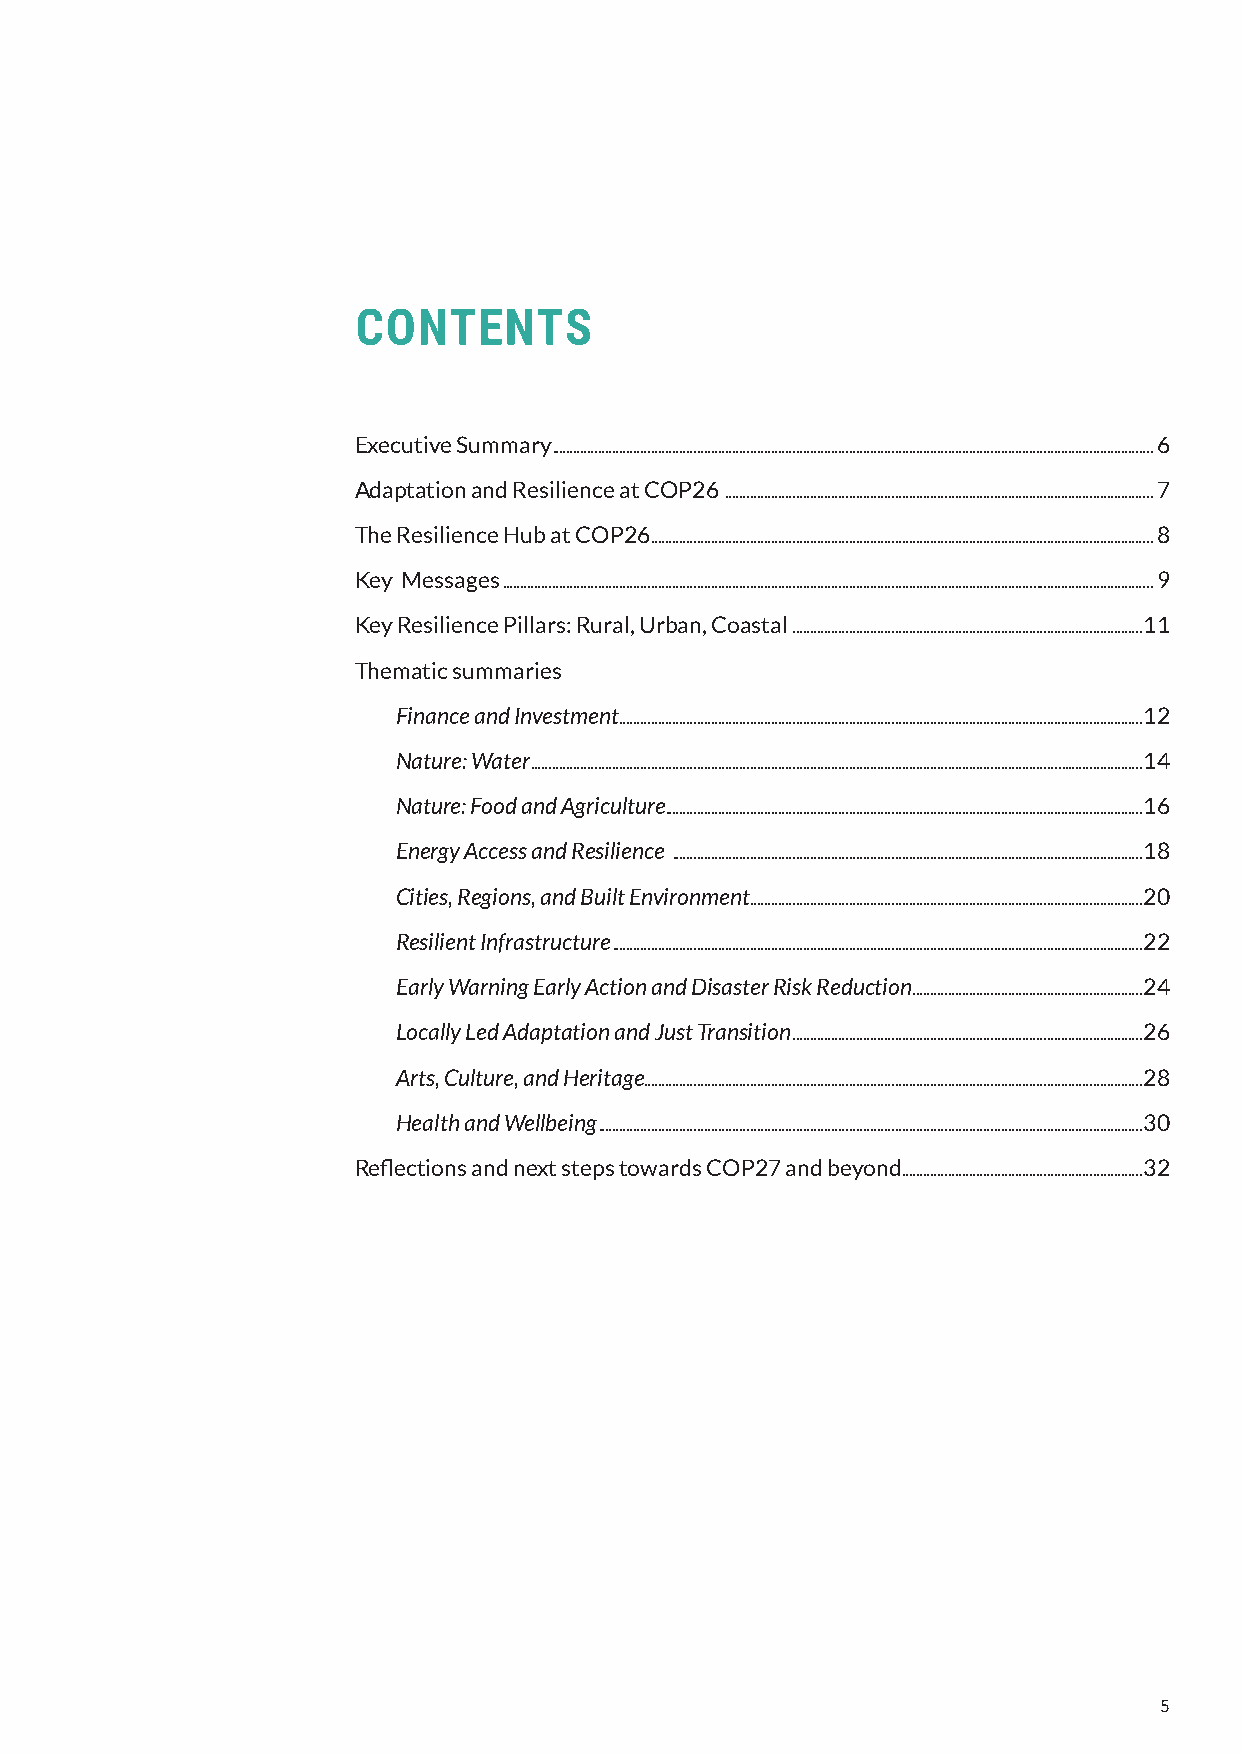
CONTENTS
 Executive Summary ..........................................................................................................................................................................6
 Adaptation and Resilience at COP26 .........................................................................................................................7
 The Resilience Hub at COP26 ..............................................................................................................................................8
 Key Messages ........................................................................................................................................................................................9
 Key Resilience Pillars: Rural, Urban, Coastal ...................................................................................................11
 Thematic summaries
 Finance and Investment ....................................................................................................................................................12
 Nature: Water .............................................................................................................................................................................14
 Nature: Food and Agriculture.......................................................................................................................................16
 Energy Access and Resilience .....................................................................................................................................18
 Cities, Regions, and Built Environment ...............................................................................................................20
 Resilient Infrastructure ......................................................................................................................................................22
 Early Warning Early Action and Disaster Risk Reduction .................................................................24
 Locally Led Adaptation and Just Transition ...................................................................................................26
 Arts, Culture, and Heritage.............................................................................................................................................28
 Health and Wellbeing ..........................................................................................................................................................30
 Reflections and next steps towards COP27 and beyond ....................................................................32
 5